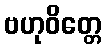
ဗဟုဝိတ္တေ